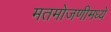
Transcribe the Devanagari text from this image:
मतमोजणीमध्ये